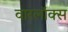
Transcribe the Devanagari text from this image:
वारलॉक्स